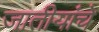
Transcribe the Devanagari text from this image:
जातीयांचे